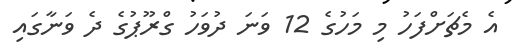
އެ މެޗަށްފަހު މި މަހުގެ 12 ވަނަ ދުވަހު ގްރޫޕުގެ ދެ ވަނާގައި